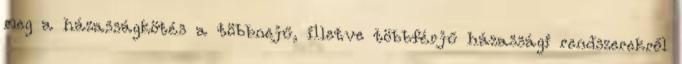
meg a házasságkötés a többnejű, illetve többférjű házassági rendszerekről